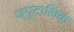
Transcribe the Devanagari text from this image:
ज्यूटालिक